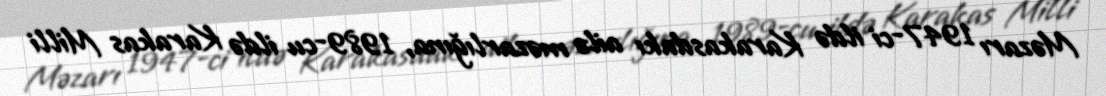
Məzarı 1947-ci ildə Karakasdakı ailə məzarlığına, 1989-cu ildə Karakas Milli